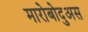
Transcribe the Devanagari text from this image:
मारोबोदुअस